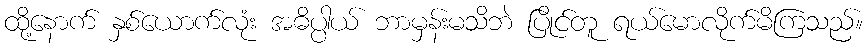
ထို့နောက် နှစ်ယောက်လုံး အဓိပ္ပါယ် ဘာမှန်းမသိဘဲ ပြိုင်တူ ရယ်မောလိုက်မိကြသည်။